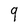
Character: 9